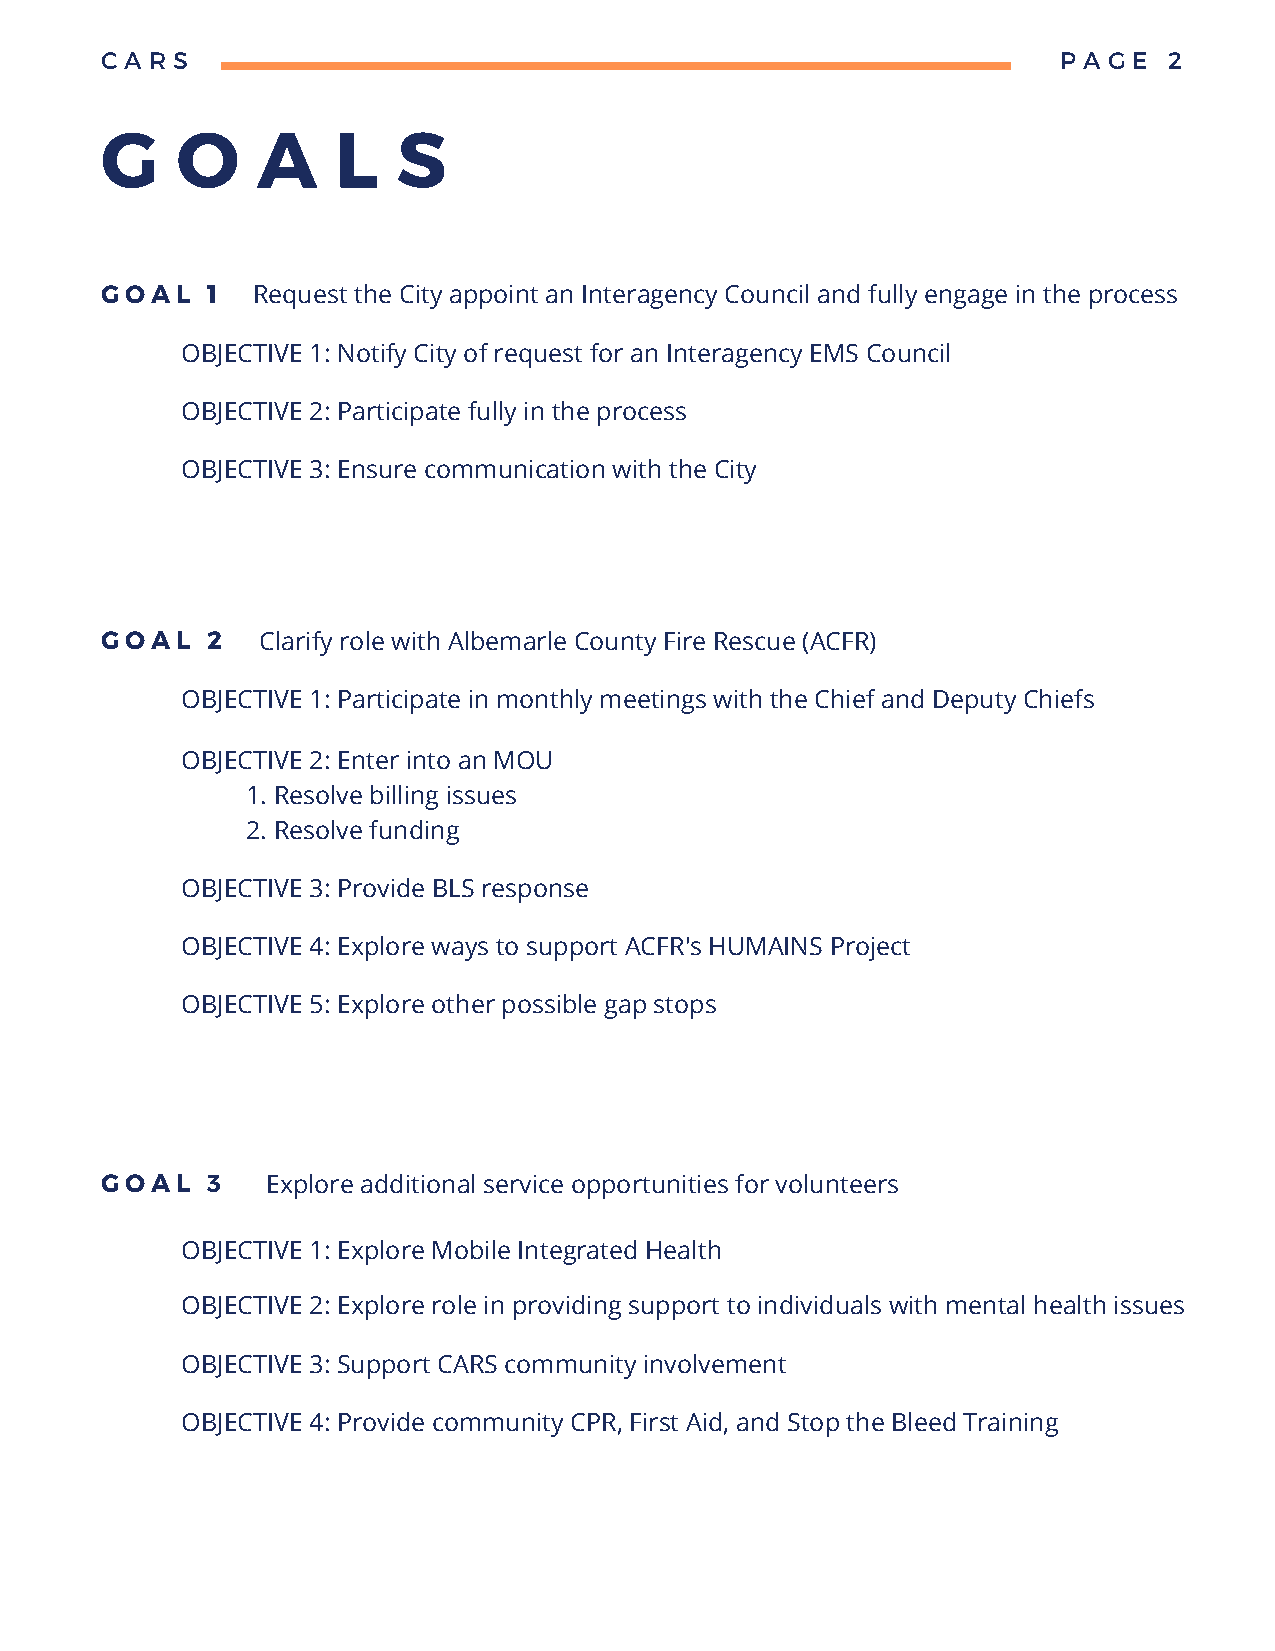
C A R S                                                        P A G E 2
 G    O    A    L   S
 GOAL   1  Request the City appoint an Interagency Council and fully engage in the process
 OBJECTIVE 1: Notify City of request for an Interagency EMS Council
 OBJECTIVE 2: Participate fully in the process
 OBJECTIVE 3: Ensure communication with the City
 GOAL   2  Clarify role with Albemarle County Fire Rescue (ACFR)
 OBJECTIVE 1: Participate in monthly meetings with the Chief and Deputy Chiefs
 OBJECTIVE 2: Enter into an MOU
 1. Resolve billing issues
 2. Resolve funding
 OBJECTIVE 3: Provide BLS response
 OBJECTIVE 4: Explore ways to support ACFR's HUMAINS Project
 OBJECTIVE 5: Explore other possible gap stops
 GOAL   3   Explore additional service opportunities for volunteers
 OBJECTIVE 1: Explore Mobile Integrated Health
 OBJECTIVE 2: Explore role in providing support to individuals with mental health issues
 OBJECTIVE 3: Support CARS community involvement
 OBJECTIVE 4: Provide community CPR, First Aid, and Stop the Bleed Training